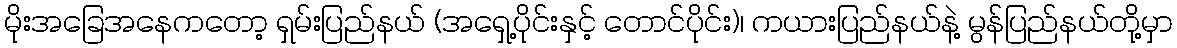
မိုးအခြေအနေကတော့ ရှမ်းပြည်နယ် (အရှေ့ပိုင်းနှင့် တောင်ပိုင်း)၊ ကယားပြည်နယ်နဲ့ မွန်ပြည်နယ်တို့မှာ